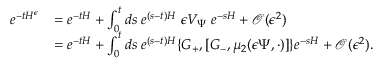
\begin{array} { r l } { e ^ { - t H ^ { \epsilon } } } & { = e ^ { - t H } + \int _ { 0 } ^ { t } d s \; e ^ { ( s - t ) H } \; { \epsilon } V _ { \Psi } \; e ^ { - s H } + \mathcal { O } ( { \epsilon } ^ { 2 } ) } \\ & { = e ^ { - t H } + \int _ { 0 } ^ { t } d s \; e ^ { ( s - t ) H } \{ G _ { + } , [ G _ { - } , \mu _ { 2 } ( { \epsilon } \Psi , \cdot ) ] \} e ^ { - s H } + \mathcal { O } ( { \epsilon } ^ { 2 } ) . } \end{array}